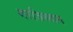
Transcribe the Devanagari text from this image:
गरजिस्तान